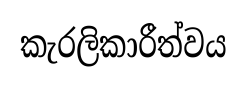
කැරලිකාරීත්වය